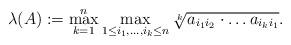
LaTeX: \begin{align*}\lambda(A):=\max_{k=1}^n\max_{1\leq i_1,\ldots,i_k\leq n} \sqrt[k]{a_{i_1i_2}\cdot\ldots a_{i_ki_1}}.\end{align*}